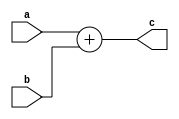
`timescale 1ns/1ps

module adder_acc (
  input [32:0] a,
  input [32:0] b,
  output [32: 0] c
);
assign c = a + b;

endmodule